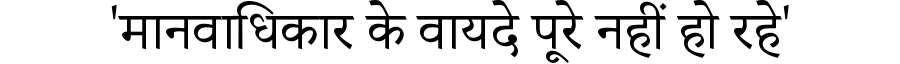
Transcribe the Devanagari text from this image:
'मानवाधिकार के वायदे पूरे नहीं हो रहे'